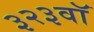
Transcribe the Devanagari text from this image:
३२३वॉ